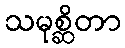
သမုစ္ဆိတာ